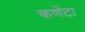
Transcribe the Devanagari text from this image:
कणेंटा